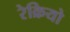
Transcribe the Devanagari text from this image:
रेक्रियो